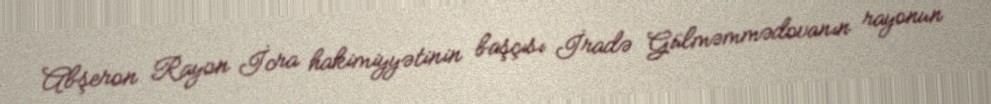
Abşeron Rayon İcra hakimiyyətinin başçısı İradə Gülməmmədovanın rayonun